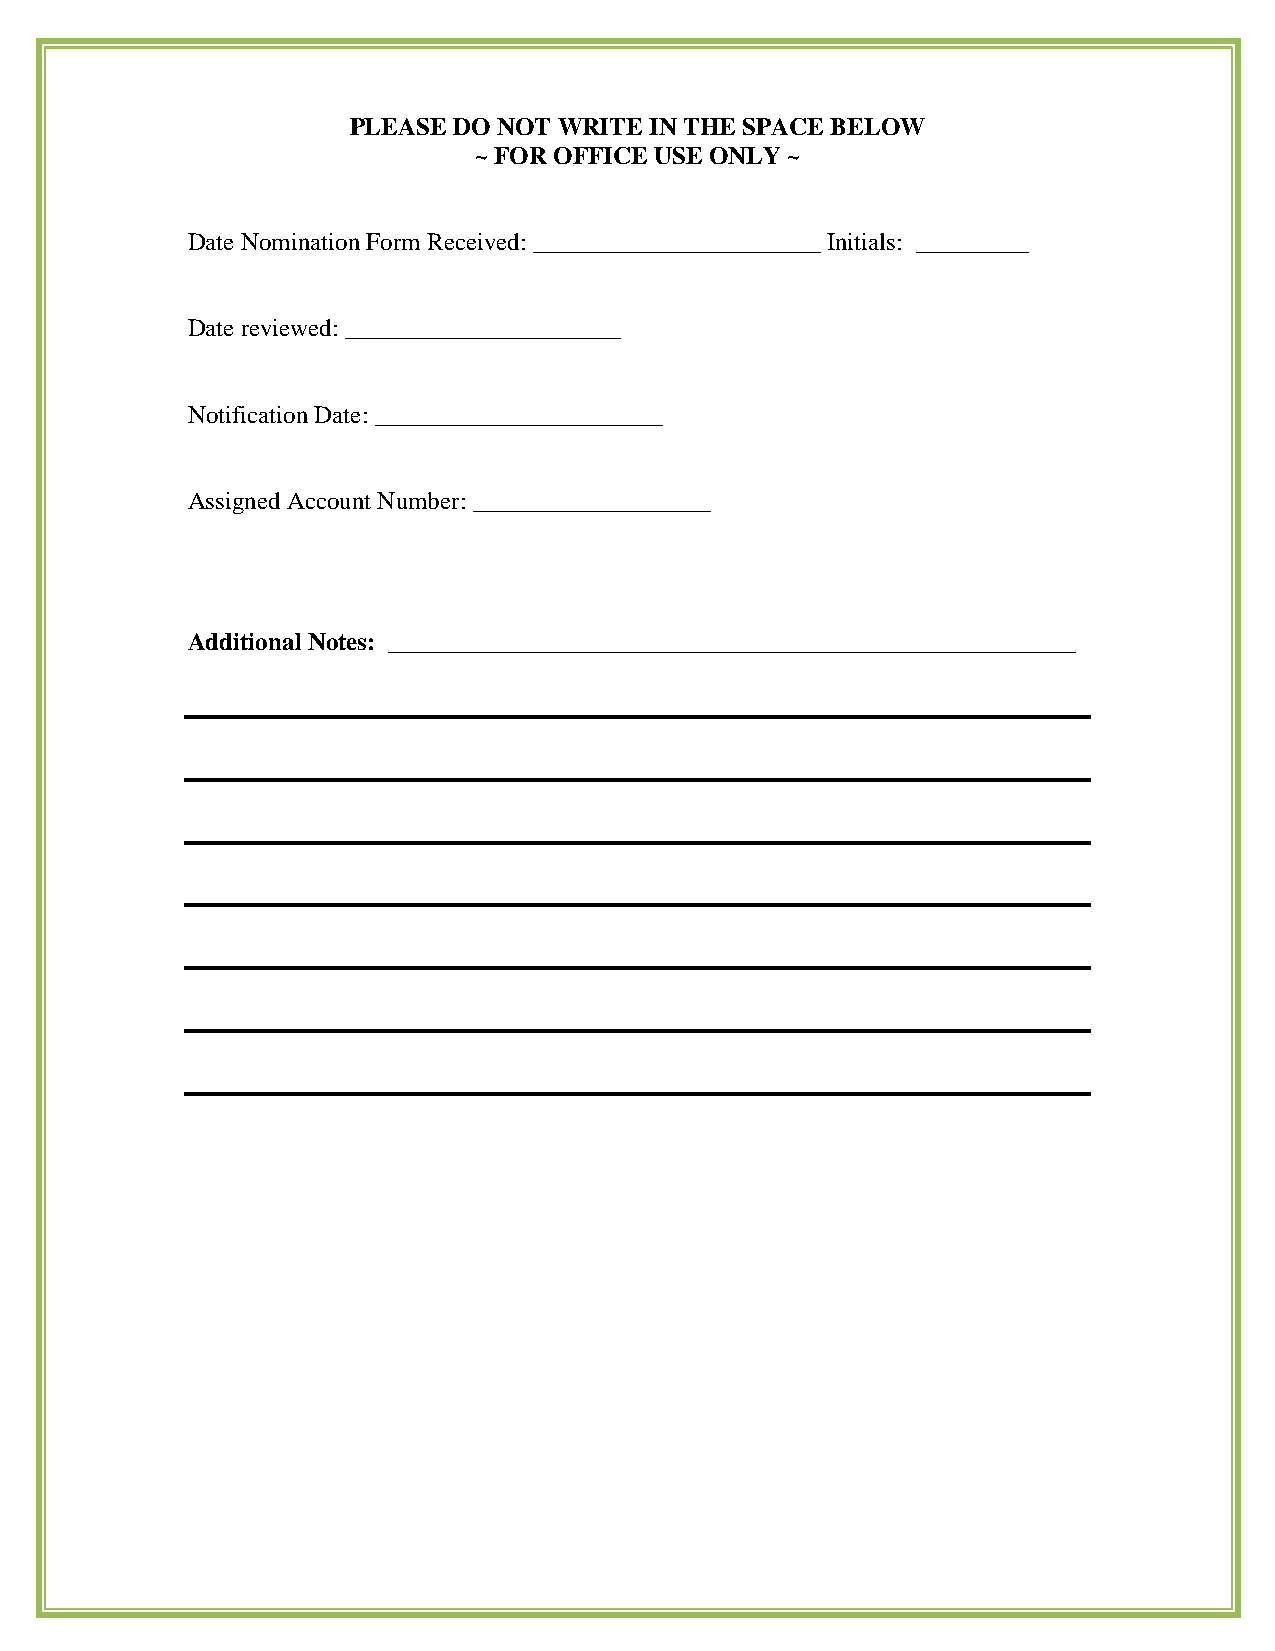
PLEASE DO NOT WRITE IN THE SPACE BELOW
 ~ FOR OFFICE USE ONLY ~
 Date Nomination Form Received: _______________________ Initials: _________
 Date reviewed: ______________________
 Notification Date: _______________________
 Assigned Account Number: ___________________
 Additional Notes: _______________________________________________________